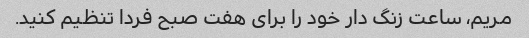
مریم، ساعت زنگ دار خود را برای هفت صبح فردا تنظیم کنید.